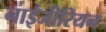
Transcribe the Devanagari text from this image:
नाईजीरियन